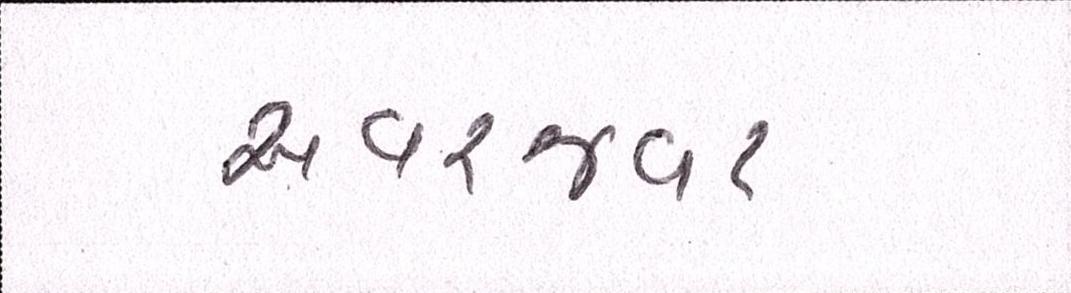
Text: અવરજવર